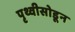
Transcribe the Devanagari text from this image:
पृथ्वीसोडून